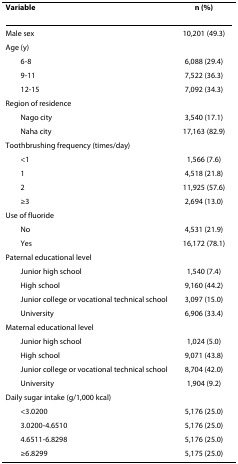
<table><thead><tr><td><b>Variable</b></td><td><b>n (%)</b></td></tr></thead><tbody><tr><td>Male sex</td><td>10,201 (49.3)</td></tr><tr><td>Age (y)</td><td></td></tr><tr><td> 6-8</td><td> 6,088 (29.4)</td></tr><tr><td> 9-11</td><td> 7,522 (36.3)</td></tr><tr><td> 12-15</td><td> 7,092 (34.3)</td></tr><tr><td>Region of residence</td><td></td></tr><tr><td> Nago city</td><td> 3,540 (17.1)</td></tr><tr><td> Naha city</td><td>17,163 (82.9)</td></tr><tr><td>Toothbrushing frequency (times/day)</td><td></td></tr><tr><td> &lt;1</td><td> 1,566 (7.6)</td></tr><tr><td> 1</td><td> 4,518 (21.8)</td></tr><tr><td> 2</td><td>11,925 (57.6)</td></tr><tr><td> ≥3</td><td> 2,694 (13.0)</td></tr><tr><td>Use of fluoride</td><td></td></tr><tr><td> No</td><td> 4,531 (21.9)</td></tr><tr><td> Yes</td><td>16,172 (78.1)</td></tr><tr><td>Paternal educational level</td><td></td></tr><tr><td> Junior high school</td><td> 1,540 (7.4)</td></tr><tr><td> High school</td><td> 9,160 (44.2)</td></tr><tr><td> Junior college or vocational technical school</td><td> 3,097 (15.0)</td></tr><tr><td> University</td><td> 6,906 (33.4)</td></tr><tr><td>Maternal educational level</td><td></td></tr><tr><td> Junior high school</td><td> 1,024 (5.0)</td></tr><tr><td> High school</td><td> 9,071 (43.8)</td></tr><tr><td> Junior college or vocational technical school</td><td> 8,704 (42.0)</td></tr><tr><td> University</td><td> 1,904 (9.2)</td></tr><tr><td>Daily sugar intake (g/1,000 kcal)</td><td></td></tr><tr><td> &lt;3.0200</td><td>5,176 (25.0)</td></tr><tr><td> 3.0200-4.6510</td><td>5,176 (25.0)</td></tr><tr><td> 4.6511-6.8298</td><td>5,176 (25.0)</td></tr><tr><td> ≥6.8299</td><td>5,175 (25.0)</td></tr></tbody></table>